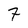
Character: 7